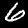
Label: 6